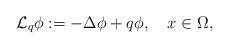
LaTeX: \begin{align*} \mathcal{L}_q\phi:=-\Delta \phi+q\phi,~~~ x\in \Omega,\end{align*}